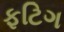
ફટિગ